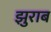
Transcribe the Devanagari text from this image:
झुराब